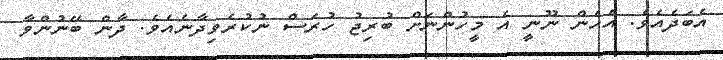
އެބަދެއެވެ. އެހެން ނޫނީ އެ މީހުންނަށް ބުރިޖު ހުރަސް ނުކުރެވިދާނެއެވެ. ދާން ބޭނުންވާ